Annual statistical returns and brief notes on vaccination in Bengal - 1896-1909
Year: 1896
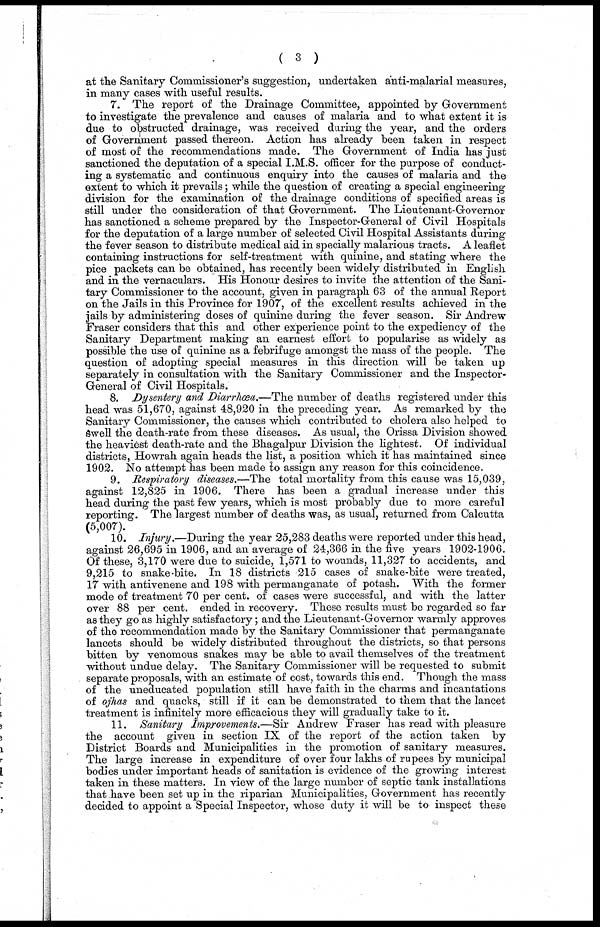
( 3 )
at the Sanitary Commissioner's suggestion, undertaken anti-malarial measures,
in many cases with useful results.
7. The report of the Drainage Committee, appointed by Government
to investigate the prevalence and causes of malaria and to what extent it is
due to obstructed drainage, was received during the year, and the orders
of Government passed thereon. Action has already been taken in respect
of most of the recommendations made. The Government of India has just
sanctioned the deputation of a special I.M.S. officer for the purpose of conduct-
ing a systematic and continuous enquiry into the causes of malaria and the
extent to which it prevails; while the question of creating a special engineering
division for the examination of the drainage conditions of specified areas is
still under the consideration of that Government. The Lieutenant-Governor
has sanctioned a scheme prepared by the Inspector-General of Civil Hospitals
for the deputation of a large number of selected Civil Hospital Assistants during
the fever season to distribute medical aid in specially malarious tracts. A leaflet
containing instructions for self-treatment with quinine, and stating where the
pice packets can be obtained, has recently been widely distributed in English
and in the vernaculars. His Honour desires to invite the attention of the Sani-
tary Commissioner to the account, given in paragraph 63 of the annual Report
on the Jails in this Province for 1907, of the excellent results achieved in the
jails by administering doses of quinine during the fever season. Sir Andrew
Fraser considers that this and other experience point to the expediency of the
Sanitary Department making an earnest effort to popularise as widely as
possible the use of quinine as a febrifuge amongst the mass of the people. The
question of adopting special measures in this direction will be taken up
separately in consultation with the Sanitary Commissioner and the Inspector-
General of Civil Hospitals.
8. Dysentery and Diarrhœa.—The number of deaths registered under this
head was 51,670, against 48,920 in the preceding year. As remarked by the
Sanitary Commissioner, the causes which contributed to cholera also helped to
Swell the death-rate from these diseases. As usual, the Orissa Division showed
the heaviest death-rate and the Bhagalpur Division the lightest. Of individual
districts, Howrah again heads the list, a position which it has maintained since
1902. No attempt has been made to assign any reason for this coincidence.
9. Respiratory diseases.—The total mortality from this cause was 15,039,
against 12,825 in 1906. There has been a gradual increase under this
head during the past few years, which is most probably due to more careful
reporting. The largest number of deaths was, as usual, returned from Calcutta
(5,007).
10. Injury.—During the year 25,283 deaths were reported under this head,
against 26,695 in 1906, and an average of 24,366 in the five years 1902-1906.
Of these, 3,170 were due to suicide, 1,571 to wounds, 11,327 to accidents, and
9,215 to snake-bite. In 18 districts 215 cases of snake-bite were treated,
17 with antivenene and 198 with permanganate of potash. With the former
mode of treatment 70 per cent. of cases were successful, and with the latter
over 88 per cent. ended in recovery. These results must be regarded so far
as they go as highly satisfactory; and the Lieutenant-Governor warmly approves
of the recommendation made by the Sanitary Commissioner that permanganate
lancets should be widely distributed throughout the districts, so that persons
bitten by venomous snakes may be able to avail themselves of the treatment
without undue delay. The Sanitary Commissioner will be requested to submit
separate proposals, with an estimate of cost, towards this end. Though the mass
of the uneducated population still have faith in the charms and incantations
of ojhas and quacks, still if it can be demonstrated to them that the lancet
treatment is infinitely more efficacious they will gradually take to it.
11. Sanitary Improvements.—Sir Andrew Fraser has read with pleasure
the account given in section IX of the report of the action taken by
District Boards and Municipalities in the promotion of sanitary measures.
The large increase in expenditure of over four lakhs of rupees by municipal
bodies under important heads of sanitation is evidence of the growing interest
taken in these matters. In view of the large number of septic tank installations
that have been set up in the riparian Municipalities, Government has recently
decided to appoint a Special Inspector, whose duty it will be to inspect these